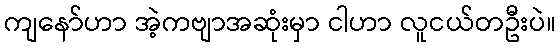
ကျနော်ဟာ အဲ့ကဗျာအဆုံးမှာ ငါဟာ လူငယ်တဦးပဲ။